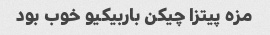
مزه پیتزا چیکن باربیکیو خوب بود